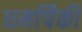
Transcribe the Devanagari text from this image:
धर्मापैकी